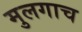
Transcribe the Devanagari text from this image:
मुलगाच